Lunatic asylums Central Provinces reports 1910-1926 - 1910-1926
Year: 1910
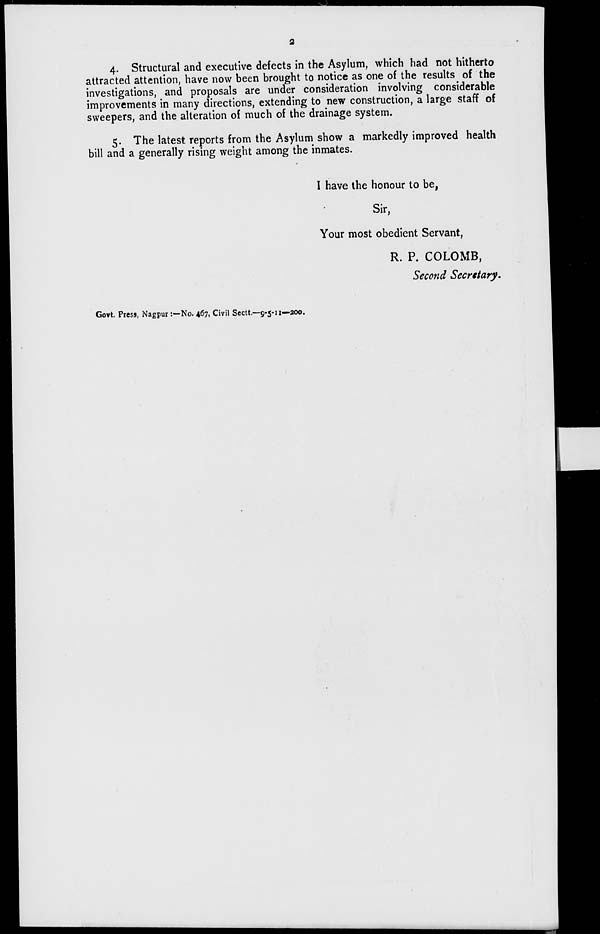
2
4. Structural and executive defects in the Asylum, which had not hitherto
attracted attention, have now been brought to notice as one of the results of the
investigations, and proposals are under consideration involving considerable
improvements in many directions, extending to new construction, a large staff of
sweepers, and the alteration of much of the drainage system.
5. The latest reports from the Asylum show a markedly improved health
bill and a generally rising weight among the inmates.
I have the honour to be,
Sir,
Your most obedient Servant,
R. P. COLOMB,
Second Secretary.
Govt. Press, Nagpur:—No. 467, Civil Sectt.—9-5-11—200.